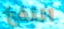
النفخ